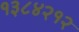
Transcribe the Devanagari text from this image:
१३८४२१२